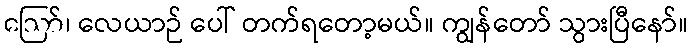
ဪ၊ လေယာဉ် ပေါ် တက်ရတော့မယ်။ ကျွန်တော် သွားပြီနော်။